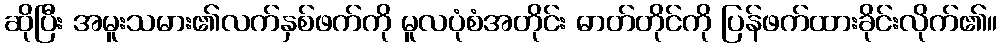
ဆိုပြီး အမူးသမား၏လက်နှစ်ဖက်ကို မူလပုံစံအတိုင်း ဓာတ်တိုင်ကို ပြန်ဖက်ထားခိုင်းလိုက်၏။